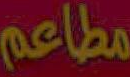
مطاعم